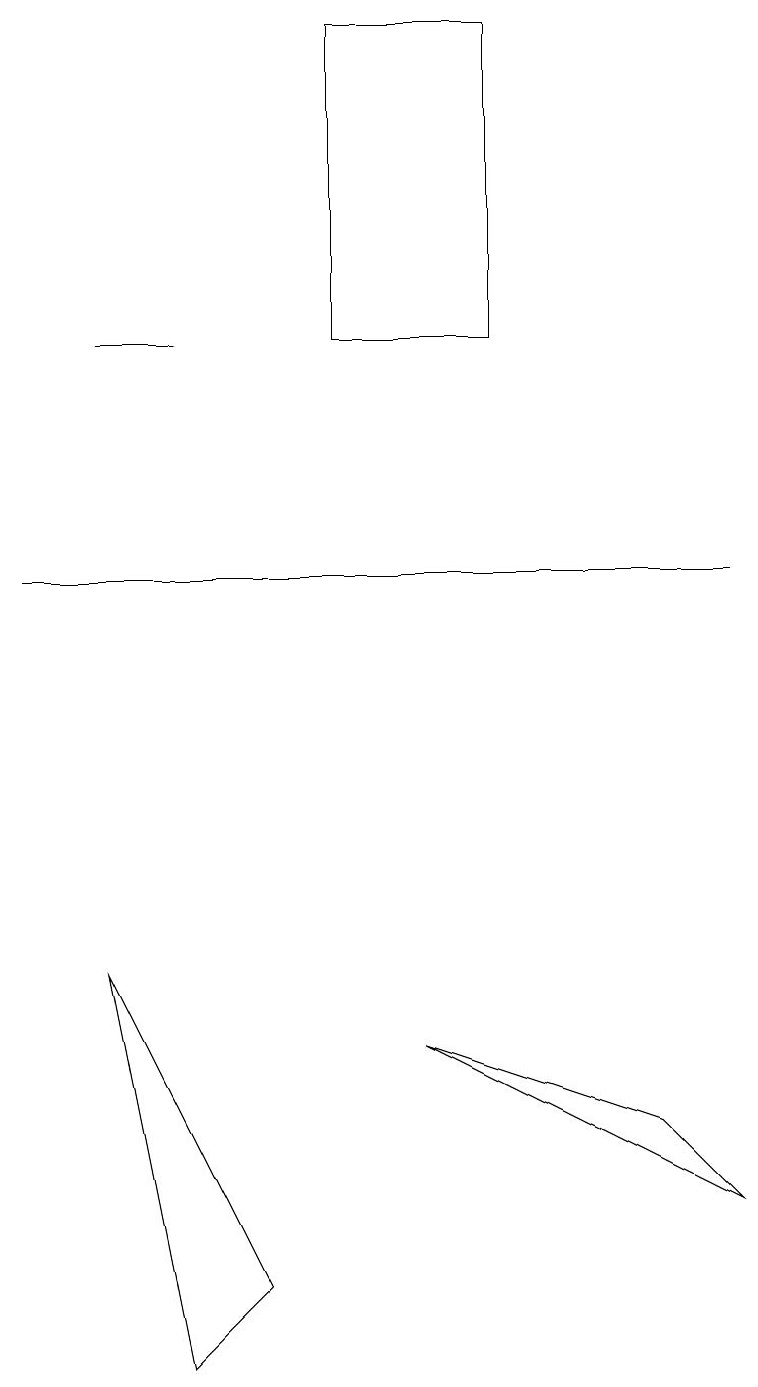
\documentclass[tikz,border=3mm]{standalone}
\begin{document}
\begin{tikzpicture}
\draw (9,12) rectangle (0,12);
\draw (1,15) rectangle (2,15);
\draw (5,6) -- (9,4) -- (8,5) -- cycle;
\draw (1,7) -- (3,3) -- (2,2) -- cycle;
\draw (4,15) rectangle (6,19);
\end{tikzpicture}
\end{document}